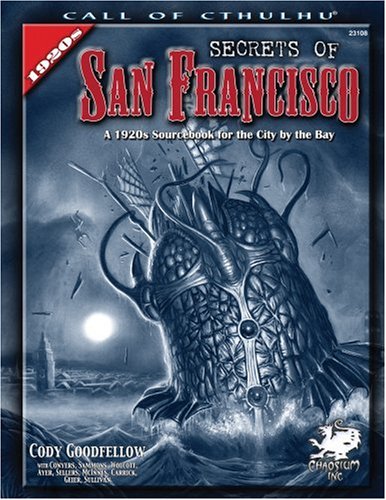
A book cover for Secrets of San Francisco: A 1920s Sourcebook for the City By the Bay (Call of Cthulhu Horror Roleplaying); Cody Goodfellow; Science Fiction & Fantasy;